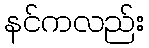
နင်ကလည်း